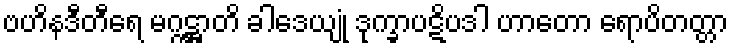
ဗဟိနဒီတီရေ မဂ္ဂဋ္ဌာတိ ခါဒေယျုံ ဒုက္ခာပဋိပဒါ ဟာတော ရောပိတတ္တာ